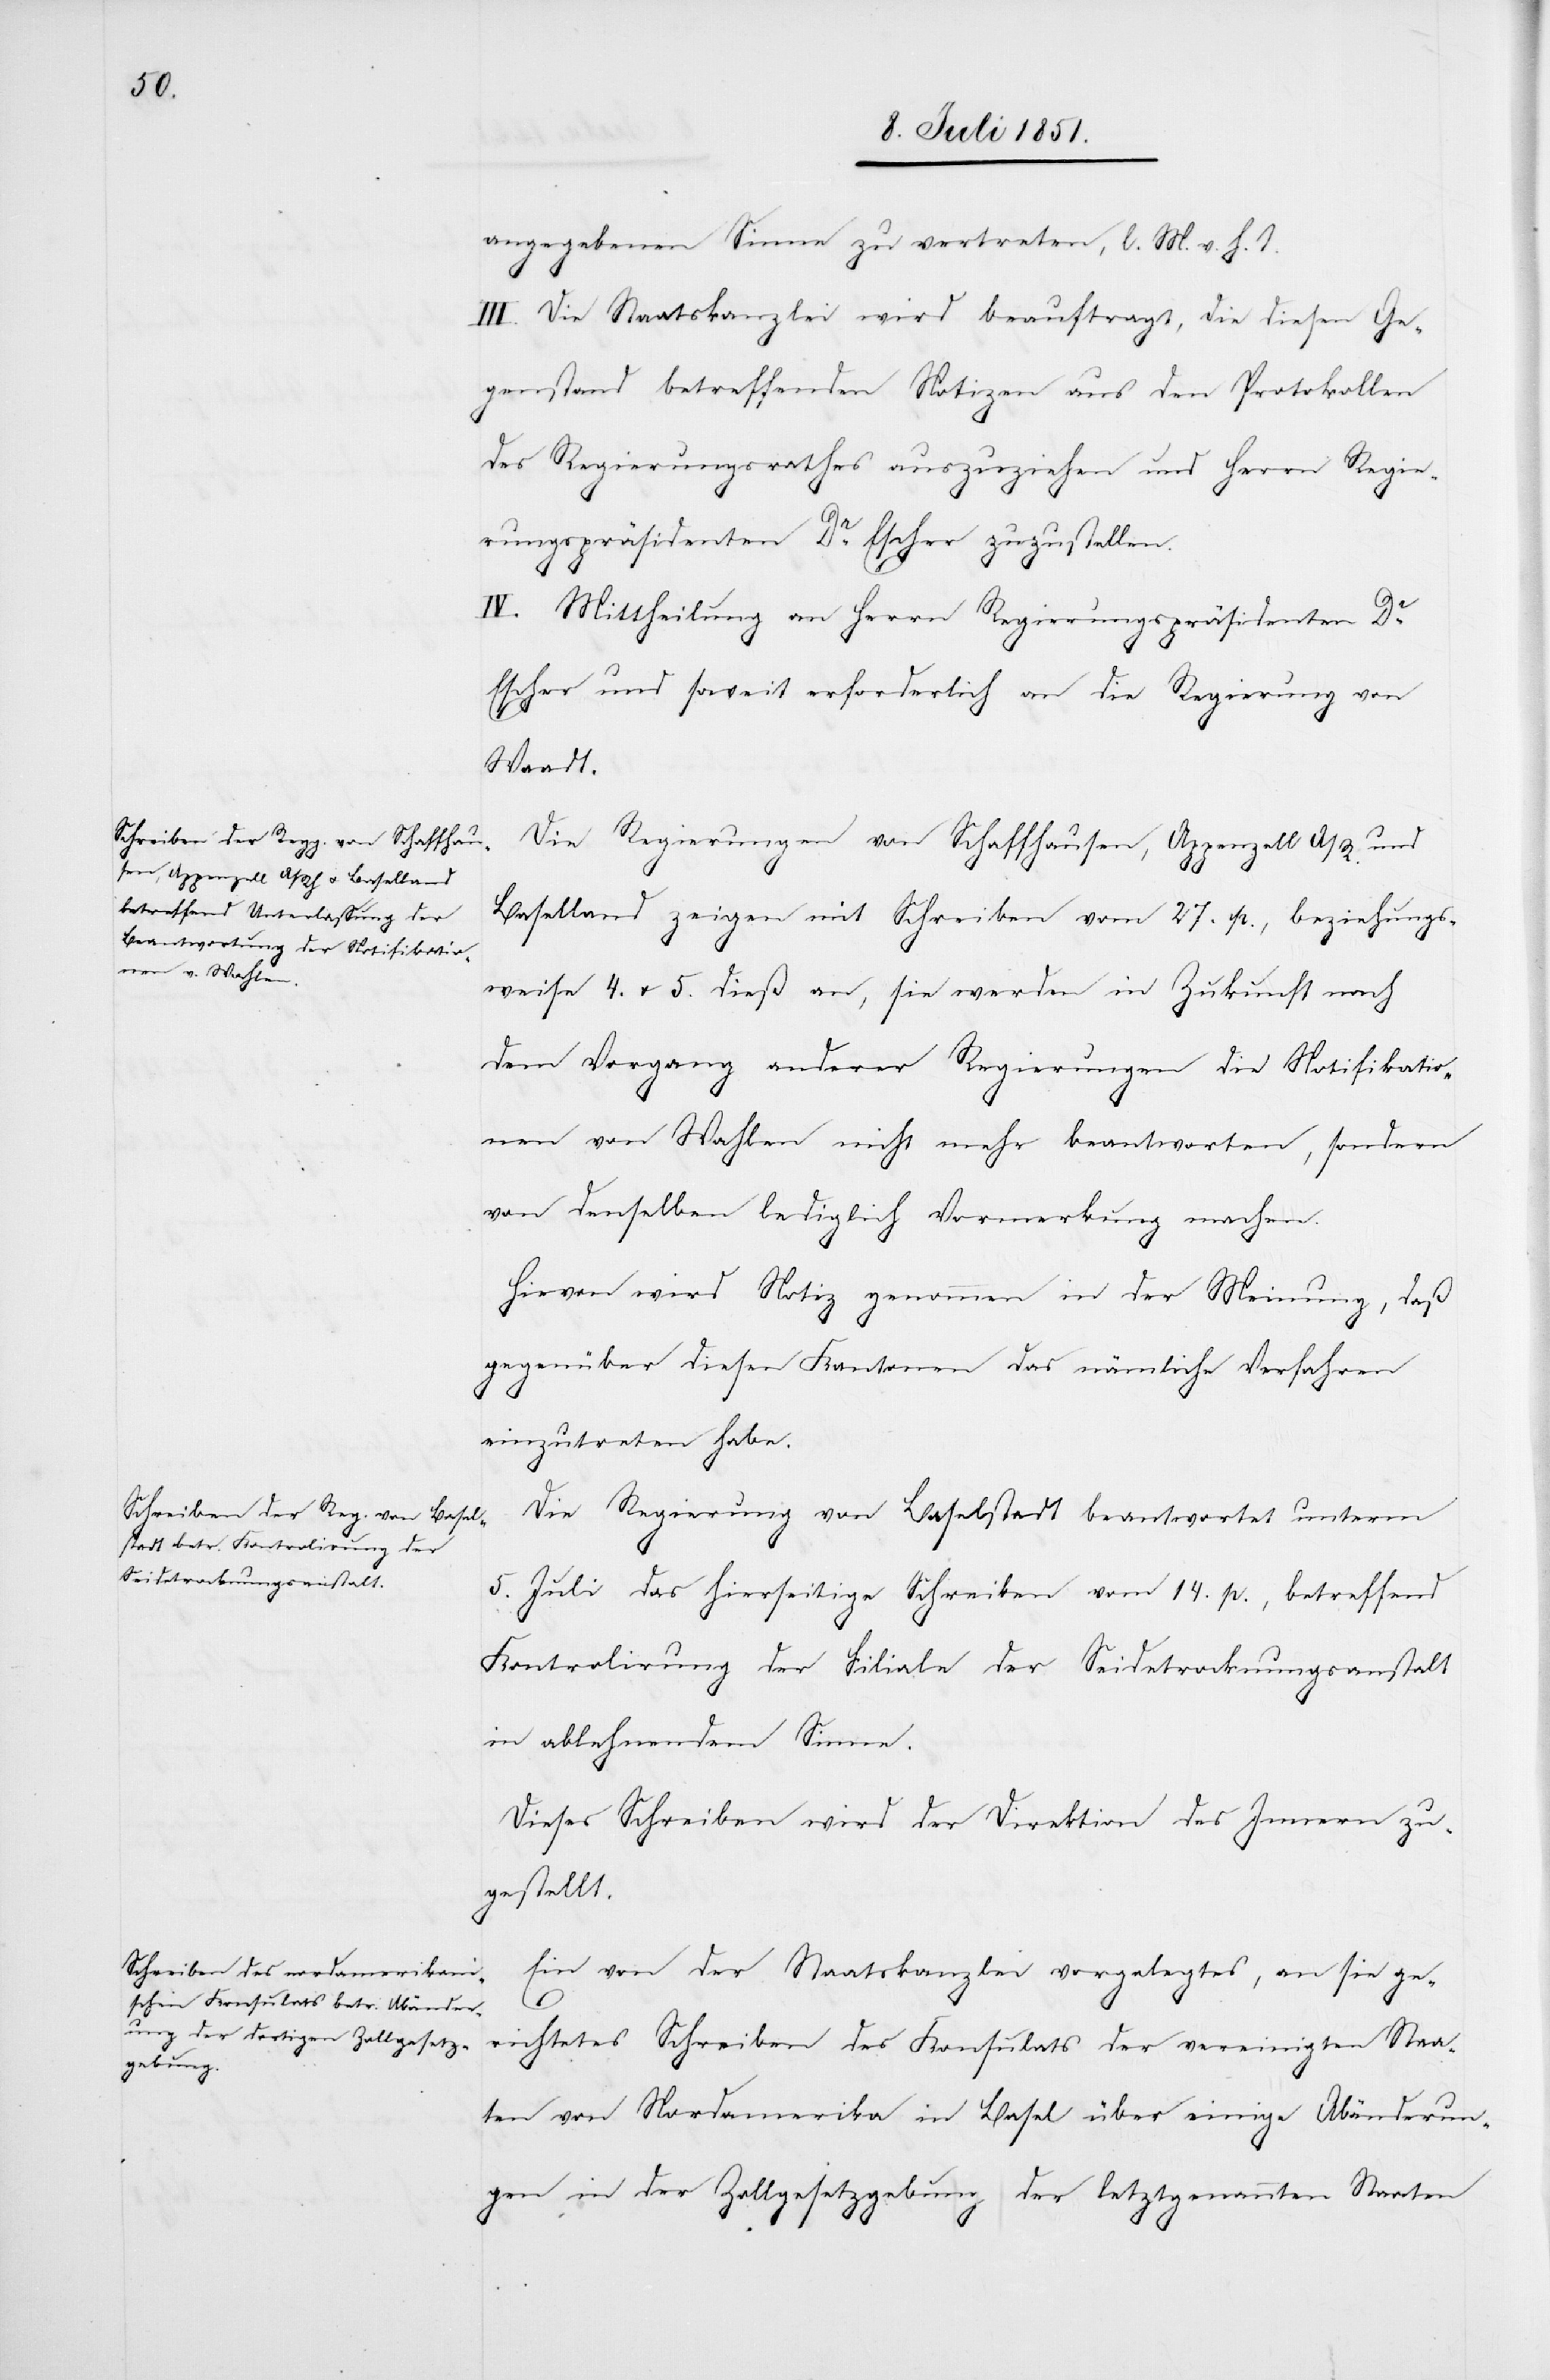
angegebenen Sinne zu vertreten, l. M. v. h. T.
III. Die Staatskanzlei wird beauftragt, die diesen Ge¬
genstand betreffenden Notizen aus den Protokollen
des Regierungsrathes auszuziehen und Herrn Regie¬
rungspräsidenten Dr. Escher zuzustellen.
IV. Mittheilung an Herrn Regierungspräsidenten Dr.
Escher und soweit erforderlich an die Regierung von
Waadt.
Die Regierungen von Schaffhausen, Appenzell A/R. und
Baselland zeigen mit Schreiben vom 27. p., beziehungs¬
weise 4. & 5. dieß an, sie werden in Zukunft nach
dem Vorgang anderer Regierungen die Notifikatio¬
nen von Wahlen nicht mehr beantworten, sondern
von denselben lediglich Vormerkung machen.
Hievon wird Notiz genommen in der Meinung, daß
gegenüber diesen Kantonen das nämliche Verfahren
einzutreten habe.
Die Regierung von Baselstadt beantwortet unterm
5. Juli das hierseitige Schreiben vom 14. p., betreffend
Kontrolirung der Filiale der Seidetrocknungsanstalt
in ablehnendem Sinne.
Dieses Schreiben wird der Direktion des Innern zu¬
gestellt.
Ein von der Staatskanzlei vorgelegtes, an sie ge¬
richtetes Schreiben des Konsulats der vereinigten Staa¬
ten von Nordamerika in Basel über einige Abänderun¬
gen in der Zollgesetzgebung der letztgenannten Staaten